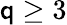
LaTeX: \mathsf{q}\ge3